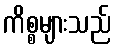
ကိစ္စများသည်